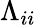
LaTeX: \Lambda_{ii}